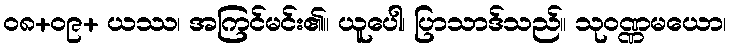
၀၈+၀၉+ ယဿ၊ အကြင်မင်း၏။ ယူပေါ၊ ပြာသာဒ်သည်။ သုဝဏ္ဏမယော၊